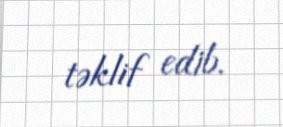
təklif edib.